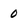
Character: 0